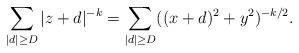
LaTeX: \begin{align*}\sum_{|d| \geq D} |z+d|^{-k} = \sum_{|d| \geq D} ((x+d)^2 + y^2)^{-k/2}.\end{align*}